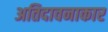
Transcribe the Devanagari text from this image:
अतिदावनाकार